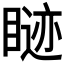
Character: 𬑢